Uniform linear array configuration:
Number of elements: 24
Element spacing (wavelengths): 1
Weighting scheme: hamming
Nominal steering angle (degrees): -60
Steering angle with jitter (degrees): -58.244
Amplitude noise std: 0.05
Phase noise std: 0.05

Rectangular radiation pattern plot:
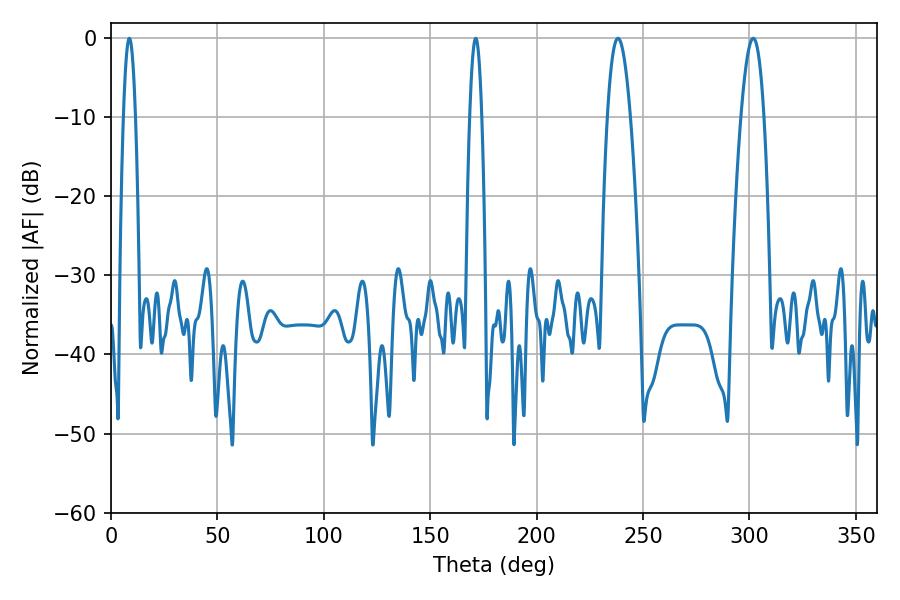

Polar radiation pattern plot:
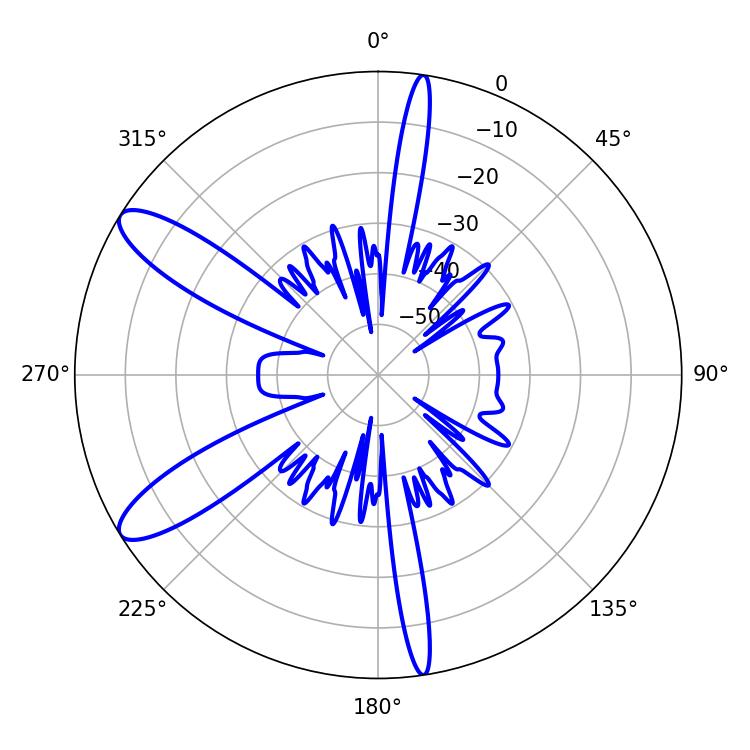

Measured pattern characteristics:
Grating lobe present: TRUE
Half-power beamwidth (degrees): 3.06
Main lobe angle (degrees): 8.64